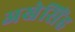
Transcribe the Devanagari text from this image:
अखेसिंह